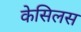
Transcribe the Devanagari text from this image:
केसिलस